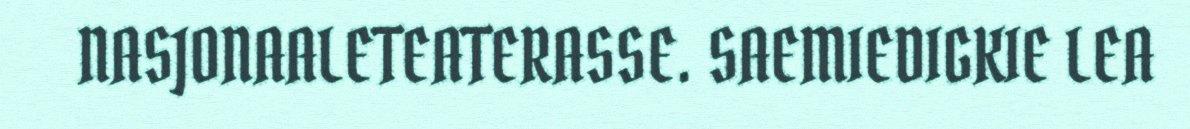
NASJONAALETEATERASSE. SAEMIEDIGKIE LEA